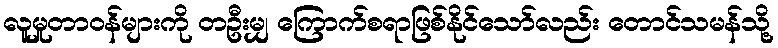
လူမှုတာဝန်များကို တဦးမျှ ကြောက်စရာဖြစ်နိုင်သော်လည်း တောင်သမန်သို့